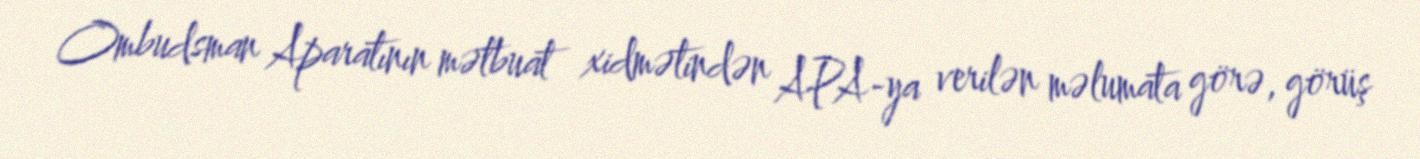
Ombudsman Aparatının mətbuat xidmətindən APA-ya verilən məlumata görə, görüş